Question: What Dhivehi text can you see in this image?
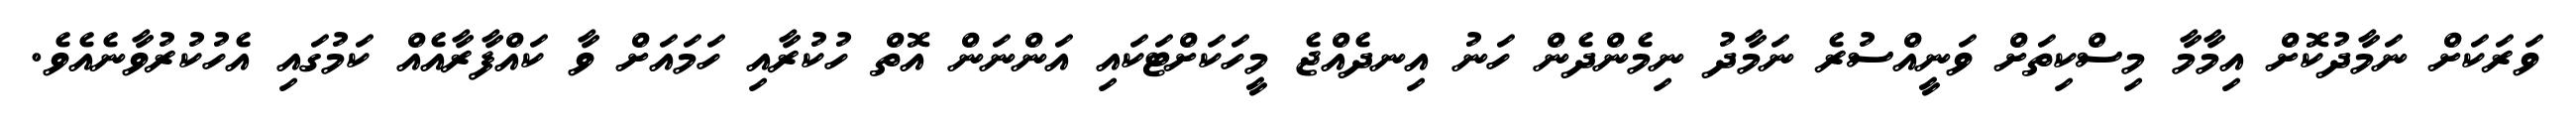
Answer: ވަރަކަށް ނަމާދުކޮށް އިމާމާ މިސްކިތަށް ވަނީއްސުރެ ނަމާދު ނިމެންދެން ހަނު އިނދެއްޖެ މީހަކަށްޓަކައި އަންނަން އޮތް ހުކުރާއި ހަމައަށް ވާ ކައްފާރާއެއް ކަމުގައި އެހުކުރުވާނެއެވެ.